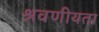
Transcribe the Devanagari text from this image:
श्रवणीयता